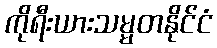
ကိုရီးယားသမ္မတနိုင်ငံ